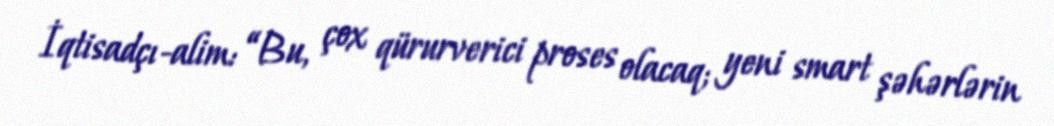
İqtisadçı-alim: “Bu, çox qürurverici proses olacaq; yeni smart şəhərlərin